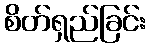
စိတ်ရှည်ခြင်း